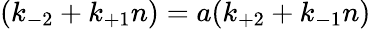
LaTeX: (k_{-2}+k_{+1}n)=a(k_{+2}+k_{-1}n)